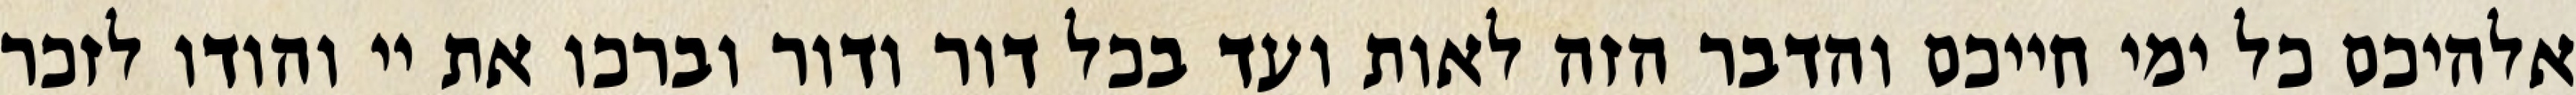
אלהיכם כל ימי חייכם והדבר הזה לאות ועד בכל דור ודור וברכו את יי והודו לזכר